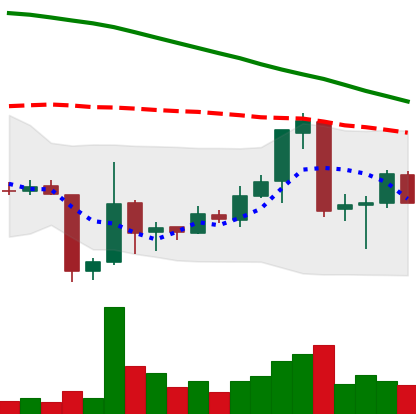
Ticker: ETC-USD
Chart end date: 2018-06-26
Forward return: 7.32%
Label: up_7plus